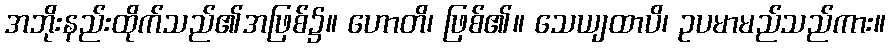
အဘိုးနည်းထိုက်သည်၏အဖြစ်၌။ ဟောတိ၊ ဖြစ်၏။ သေယျထာပိ၊ ဥပမာမည်သည်ကား။